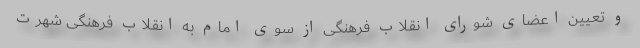
و تعیین اعضای شورای انقلاب فرهنگی از سوی امام به انقلاب فرهنگی شهرت